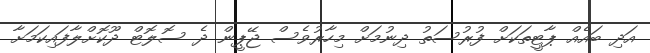
އަދި ބައެއް ޕާޓީތަކަށް ފުރުސަތު ދިނުމަށް މިހާރުވެސް ޖޭޕީން ދެ ސޮލޮޓް ދޫކޮށްލާފައިކަމަށާ